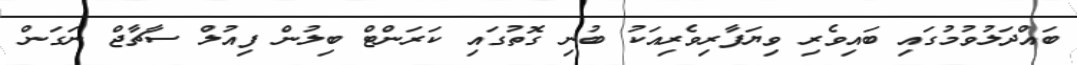
ބައްދަލުވުމުގައި ބައިވެރި ވިޔަފާރިވެރިއަކު ބުނި ގޮތުގައި ކަރަންޓް ބިލުން ފިއުލް ސާޗާޖް ނަގަން